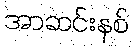
အာဆင်းနစ်